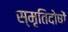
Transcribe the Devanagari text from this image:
स्मृतिदोषों